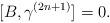
LaTeX: \begin{align*}[B,\gamma^{(2n+1)}]=0. \end{align*}